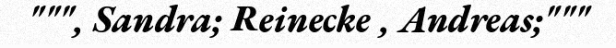
""", Sandra; Reinecke , Andreas;"""